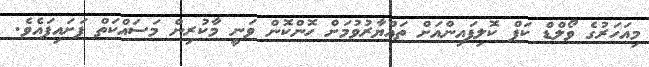
މިއަހަރުގެ ވޯލްޑް ކަޕް ކޮލިފައިންއަށް ތައްޔާރުވުމަށް ހޮންކޮން ވަނީ މާކުރިން މަސައްކަތް ފަށައިފައެވެ.